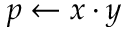
p \gets x \cdot y